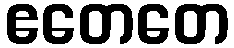
ဧတေတေ